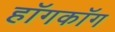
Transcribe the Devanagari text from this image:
हॉगकॉग